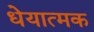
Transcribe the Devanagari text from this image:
धेयात्मक